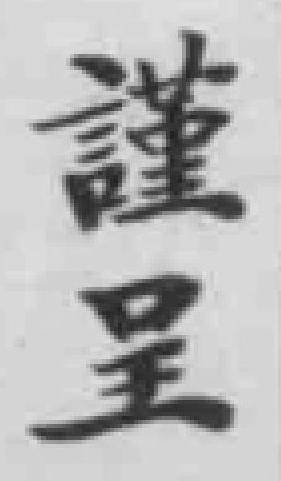
謹呈